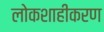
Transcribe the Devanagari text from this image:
लोकशाहीकरण